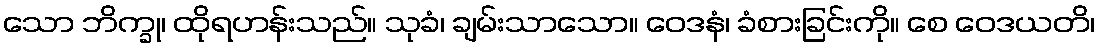
သော ဘိက္ခု၊ ထိုရဟန်းသည်။ သုခံ၊ ချမ်းသာသော။ ဝေဒနံ၊ ခံစားခြင်းကို။ စေ ဝေဒယတိ၊